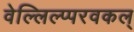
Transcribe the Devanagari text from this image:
वेल्लिल्प्परवकल्